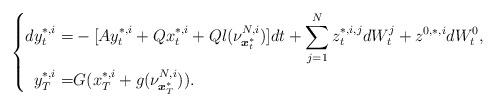
LaTeX: \begin{align*} \left\{ \begin{aligned}dy^{*,i}_t=&-[Ay^{*,i}_t+Qx^{*,i}_t+Ql(\nu^{N,i}_{\boldsymbol{x}^*_t})]dt+\sum_{j=1}^Nz_t^{*,i,j} dW^j_t+z^{0,*,i}dW^0_t,\\ y^{*,i}_T=& G(x_T^{*,i}+g(\nu^{N,i}_{\boldsymbol{x}^*_T})). \end{aligned} \right. \end{align*}